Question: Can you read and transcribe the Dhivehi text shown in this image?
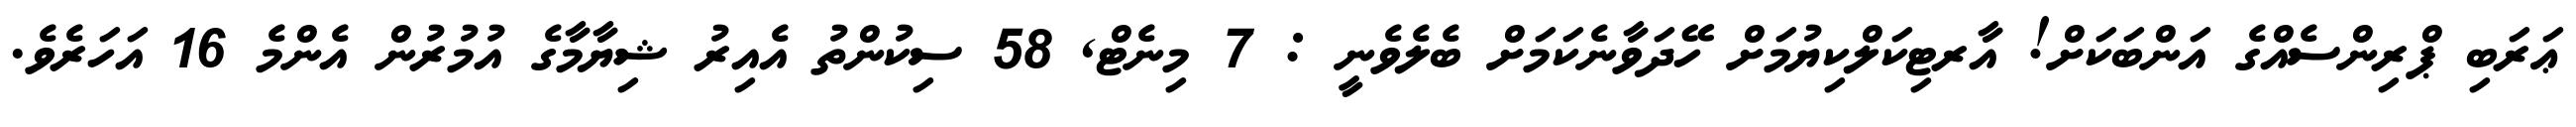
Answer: ޢަރަބި ޕްރިންސެއްގެ އަންބަކަށް! އާރޓިކަލްކިޔުމަށް ހޭދަވާނެކަމަށް ބެލެވެނީ : 7 މިނެޓް, 58 ސިކުންތު އެއިރު ޝިޔާމާގެ އުމުރުން އެންމެ 16 އަހަރެވެ.